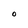
Character: O